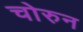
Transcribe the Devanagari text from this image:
चोरुन